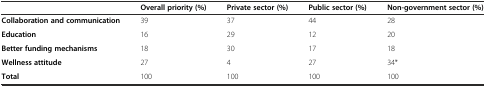
<table><thead><tr><td></td><td><b>Overall priority (%)</b></td><td><b>Private sector (%)</b></td><td><b>Public sector (%)</b></td><td><b>Non-government sector (%)</b></td></tr></thead><tbody><tr><td><b>Collaboration and communication</b></td><td>39</td><td>37</td><td>44</td><td>28</td></tr><tr><td><b>Education</b></td><td>16</td><td>29</td><td>12</td><td>20</td></tr><tr><td><b>Better funding mechanisms</b></td><td>18</td><td>30</td><td>17</td><td>18</td></tr><tr><td><b>Wellness attitude</b></td><td>27</td><td>4</td><td>27</td><td>34*</td></tr><tr><td><b>Total</b></td><td>100</td><td>100</td><td>100</td><td>100</td></tr></tbody></table>